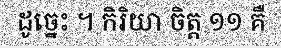
ដូច្នេះ ។ កិរិយា ចិត្ត ១១ គឺ